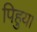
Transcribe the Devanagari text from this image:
पिहुया